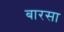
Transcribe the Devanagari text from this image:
बारसा